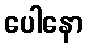
ပေါနော